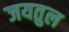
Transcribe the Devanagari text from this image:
जयतुल